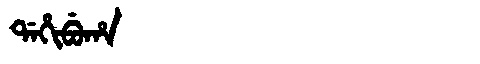
Manchu: ᡩᠠᡥᡳᠪᡠᡥᠠ
Romanization: DAHIBUHA